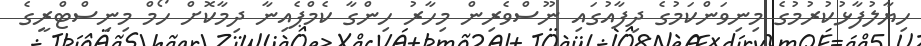
ހިޔާލުފާޅުކުރުމުގެ މިނިވަންކަމުގެ ދިފާއުގައި ނޫސްވެރިން މިހާރު ހިންގާ ކެމްޕެއިނާ ދިމާކޮށް ހޯމް މިނިސްޓްރީގެ